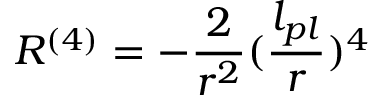
R ^ { ( 4 ) } = - { \frac { 2 } { r ^ { 2 } } } ( { \frac { l _ { p l } } { r } } ) ^ { 4 }